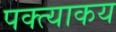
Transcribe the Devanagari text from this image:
पक्त्याकय